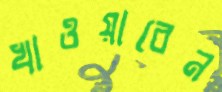
খাওয়াবেন